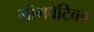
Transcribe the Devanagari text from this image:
भीमवेटिका